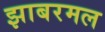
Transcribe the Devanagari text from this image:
झाबरमल